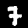
Label: 7